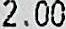
2.00